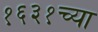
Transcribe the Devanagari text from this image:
१६३१च्या